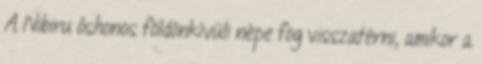
A Nibiru őshonos földönkívüli népe fog visszatérni, amikor a